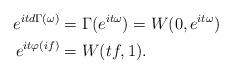
LaTeX: \begin{align*}e^{itd\Gamma(\omega)}&=\Gamma(e^{it\omega})=W(0,e^{it\omega})\\ e^{it\varphi(if)}&=W(tf,1).\end{align*}